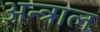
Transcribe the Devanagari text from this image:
अन्त्राल